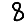
Digit: 8